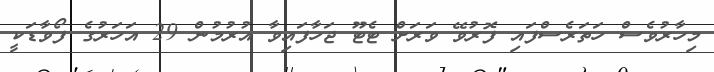
މިހާރުވެސް ހަތަރެސްފައި ފޮރުވޭ ވަރަށް ޓެޓޫ ޖަހާފައިވާ އުރުމުން 29 އަހަރުގެ ފޯވާޑަކީ